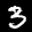
Label: 3